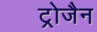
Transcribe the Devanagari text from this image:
ट्रोजैन